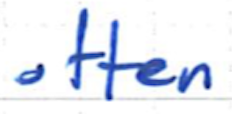
Text: often
Cross-out: clean
Writing tool: ballpoint